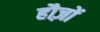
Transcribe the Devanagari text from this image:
हौज़ों